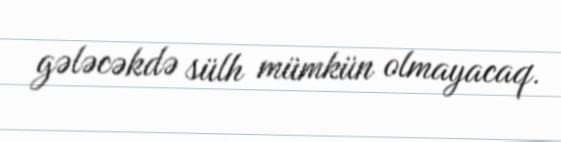
gələcəkdə sülh mümkün olmayacaq.